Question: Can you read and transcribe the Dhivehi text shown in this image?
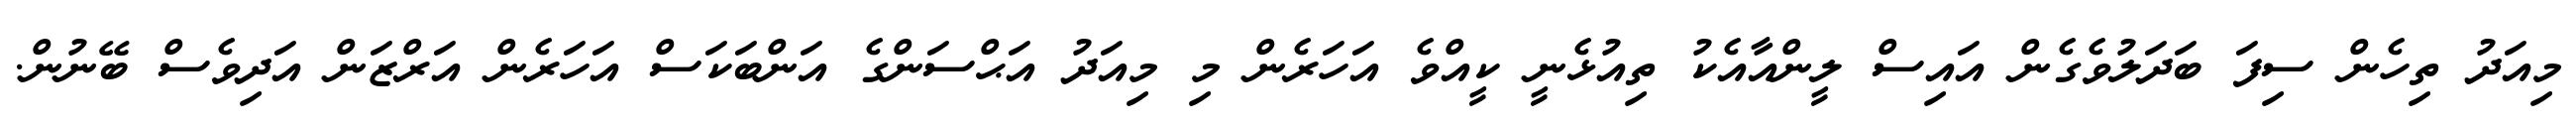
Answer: މިއަދު ތިހެން ސިފަ ބަދަލުވެގެން އައިސް ލީންއާއެކު ތިއުޅެނީ ކީއްވެ އަހަރެން މި މިއަދު އަޙްސަންގެ އަންބަކަސް އަހަރެން އަރްޒަން އަދިވެސް ބޭނުން.